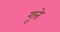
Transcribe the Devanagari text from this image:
गूत्ते